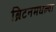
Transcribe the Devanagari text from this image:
ब्रिटनमधल्या